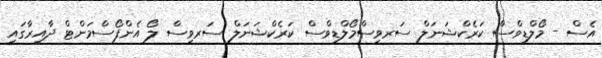
އެސް - މޯލްޑިވްސް ކަރެކްޝަނަލް ސަރވިސްމޯލްޑިވްސް ކަރެކްޝަނަލް ސަރވިސް ލޯ އެންފޯސްމަންޓް ދާއިރާގައި